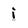
Character: i